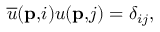
\overline { { { u } } } ( \mathbf { p , } i ) u ( \mathbf { p , } j ) = \delta _ { i j } , \; \; \; \; \; \; \;